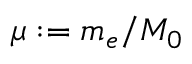
\mu : = m _ { e } / M _ { 0 }